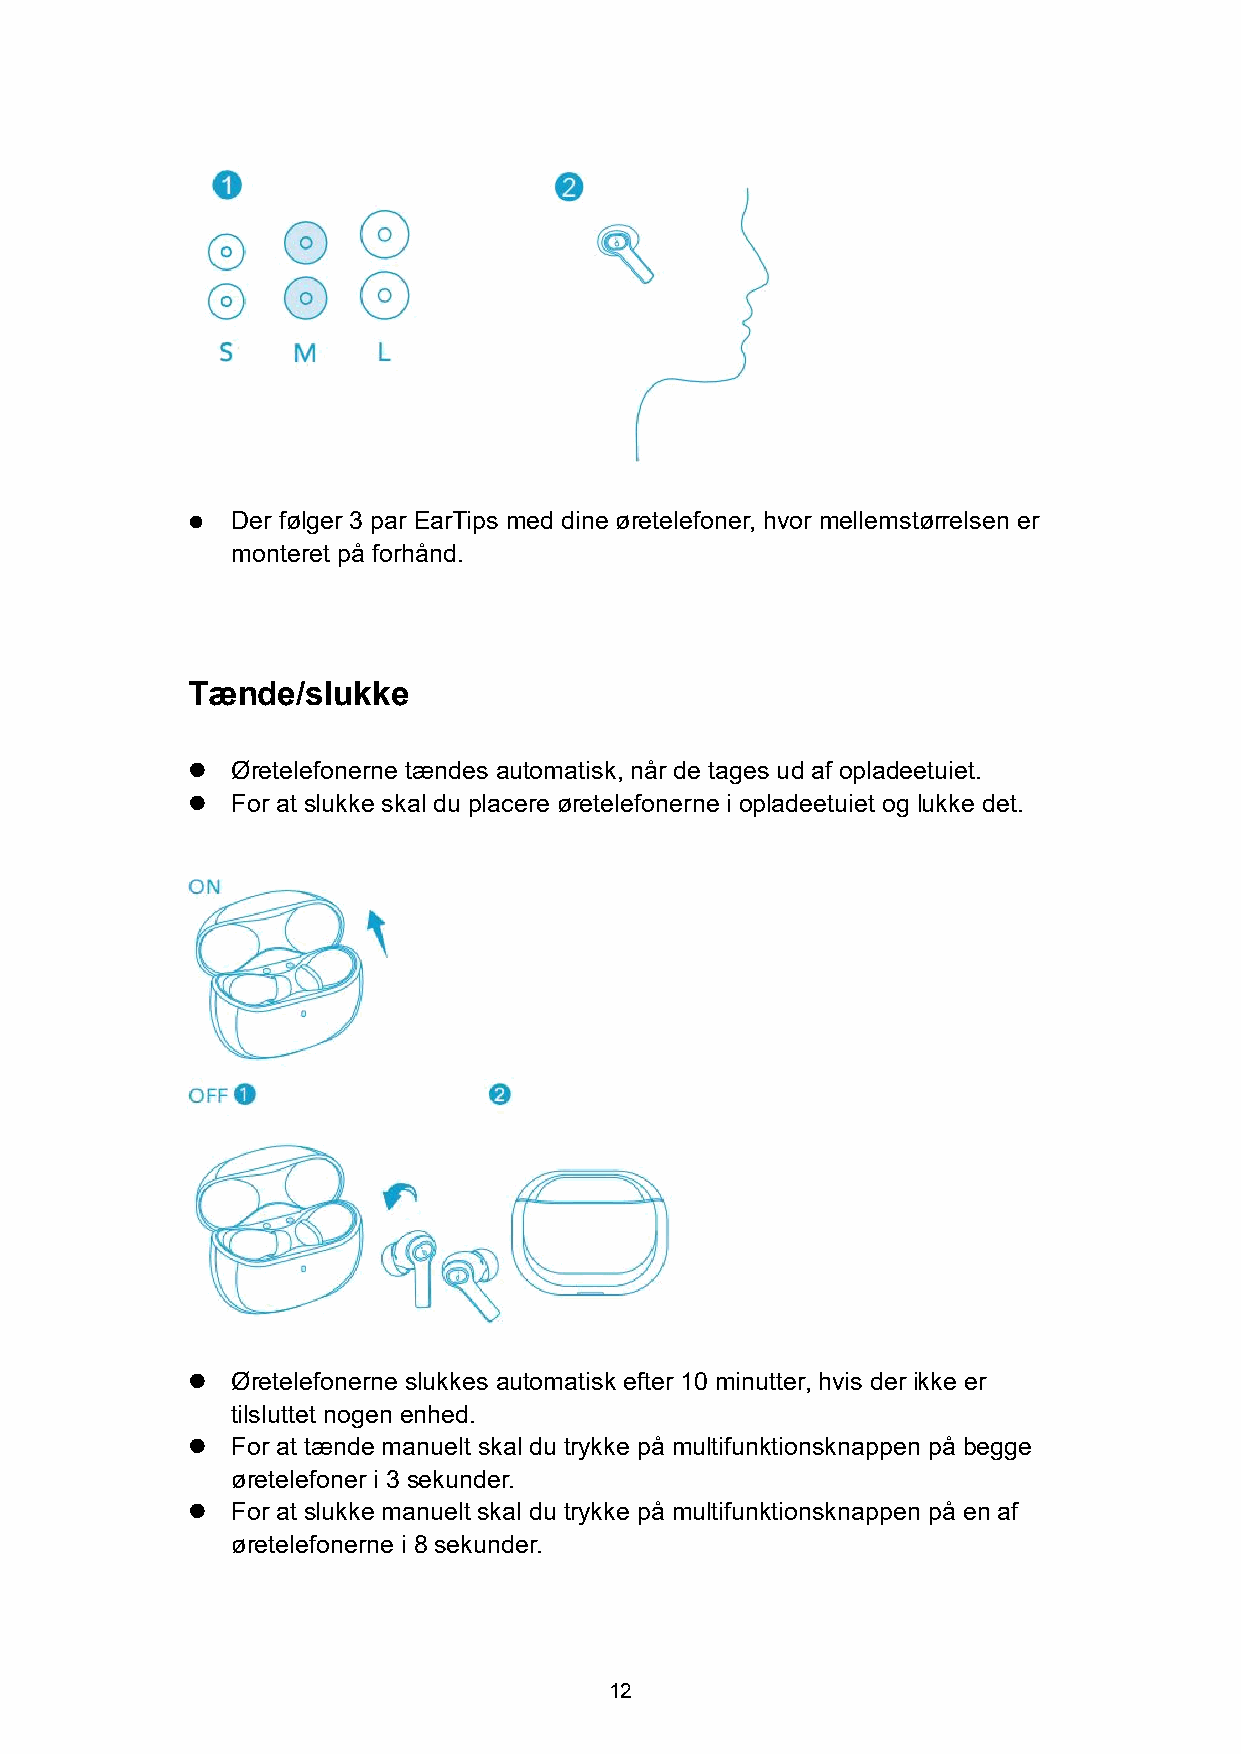
  Der følger 3 par EarTips med dine øretelefoner, hvor mellemstørrelsen er
 monteret på forhånd.
 Tænde/slukke
   Øretelefonerne tændes automatisk, når de tages ud af opladeetuiet.
   For at slukke skal du placere øretelefonerne i opladeetuiet og lukke det.
   Øretelefonerne slukkes automatisk efter 10 minutter, hvis der ikke er
 tilsluttet nogen enhed.
   For at tænde manuelt skal du trykke på multifunktionsknappen på begge
 øretelefoner i 3 sekunder.
   For at slukke manuelt skal du trykke på multifunktionsknappen på en af
 øretelefonerne i 8 sekunder.
 12